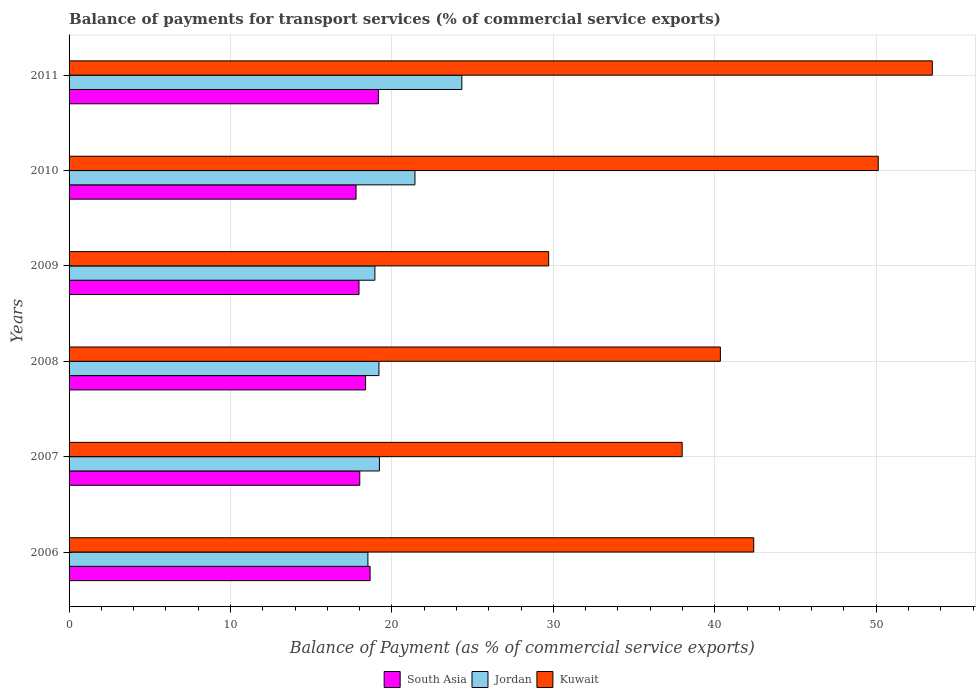
| Years | South Asia | Jordan | Kuwait |
 | --- | --- | --- | --- |
 | 2006 | 18.6 | 18.5 | 42.4 |
 | 2007 | 18 | 19.2 | 38 |
 | 2008 | 18.4 | 19.2 | 40.3 |
 | 2009 | 18 | 18.9 | 29.7 |
 | 2010 | 17.8 | 21.4 | 50.1 |
 | 2011 | 19.2 | 24.3 | 53.5 |